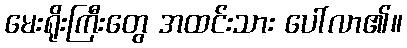
မေးရိုးကြီးတွေ အထင်းသား ပေါ်လာ၏။